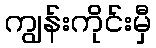
ကျွန်းကိုင်းမှီ